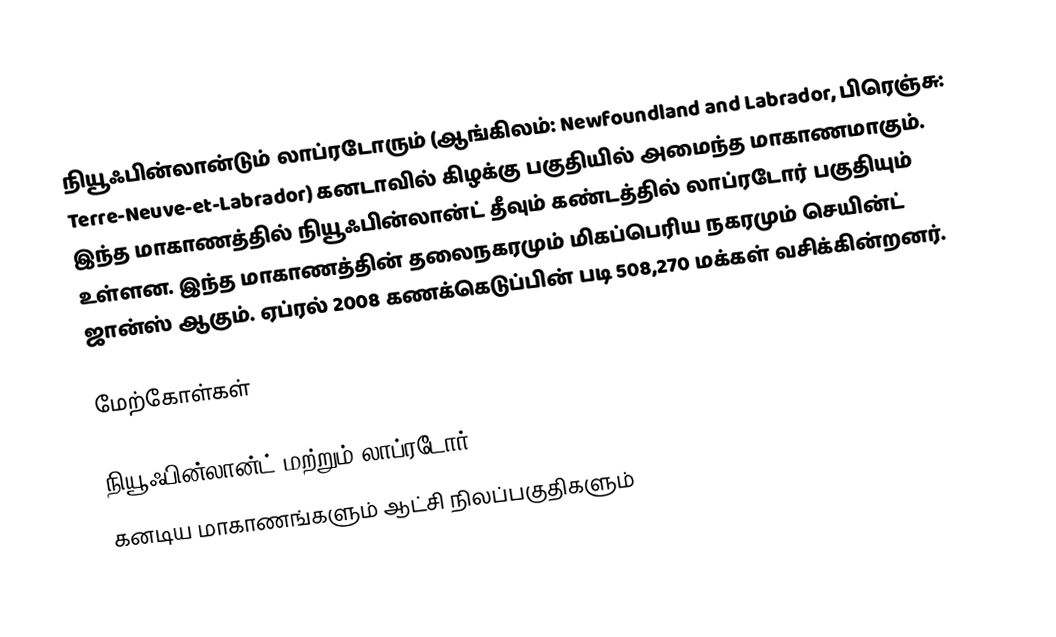
நியூஃபின்லான்டும் லாப்ரடோரும் (ஆங்கிலம்: Newfoundland and Labrador, பிரெஞ்சு: Terre-Neuve-et-Labrador) கனடாவில் கிழக்கு பகுதியில் அமைந்த மாகாணமாகும். இந்த மாகாணத்தில் நியூஃபின்லான்ட் தீவும் கண்டத்தில் லாப்ரடோர் பகுதியும் உள்ளன. இந்த மாகாணத்தின் தலைநகரமும் மிகப்பெரிய நகரமும் செயின்ட் ஜான்ஸ் ஆகும். ஏப்ரல் 2008 கணக்கெடுப்பின் படி 508,270 மக்கள் வசிக்கின்றனர்.

மேற்கோள்கள்

நியூஃபின்லான்ட் மற்றும் லாப்ரடோர்
கனடிய மாகாணங்களும் ஆட்சி நிலப்பகுதிகளும்